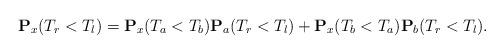
LaTeX: \begin{align*}\mathbf{P}_x(T_r<T_l)=\mathbf{P}_x(T_a<T_b)\mathbf{P}_a(T_r<T_l)+\mathbf{P}_x(T_b<T_a)\mathbf{P}_b(T_r<T_l). \end{align*}